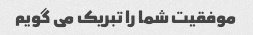
موفقیت شما را تبریک می گویم